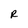
Character: R